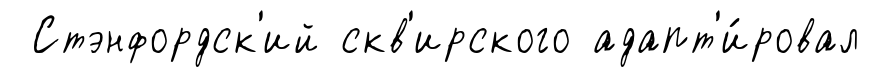
Стэнфордск'ий скв'ирского адапт'и́ровал